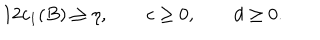
1 2 c _ { 1 } ( B ) \geq \eta , \qquad c \geq 0 , \qquad d \geq 0 .